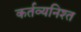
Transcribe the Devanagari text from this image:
कर्तव्यनिश्त